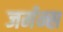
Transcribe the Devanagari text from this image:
जर्मन्स